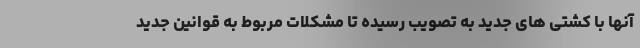
آنها با کشتی های جدید به تصویب رسیده تا مشکلات مربوط به قوانین جدید